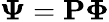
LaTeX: \boldsymbol{\Psi}=\mathbf{P}\boldsymbol{\Phi}